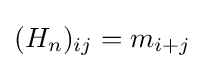
(H_{n})_{ij}=m_{i+j}